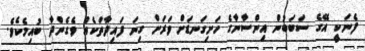
ފެނަކީ އޭގެ ސަބަބުން އިންސާނާގެ ހަށިގަނޑަށް ވަރަށް ގިނަ ފައިދާތަކެއް ވެގެންދާ ބުއިމެކެވެ.